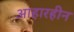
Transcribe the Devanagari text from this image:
आहारहीन